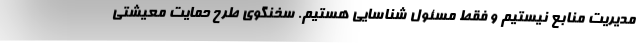
مدیریت منابع نیستیم و فقط مسئول شناسایی هستیم. سخنگوی طرح حمایت معیشتی